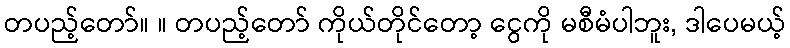
တပည့်တော်။ ။ တပည့်တော် ကိုယ်တိုင်တော့ ငွေကို မစီမံပါဘူး, ဒါပေမယ့်